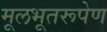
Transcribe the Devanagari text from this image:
मूलभूतरूपेण